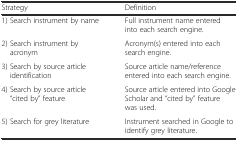
<table><thead><tr><td><b>Strategy</b></td><td><b>Definition</b></td></tr></thead><tbody><tr><td>1) Search instrument by name</td><td>Full instrument name entered into each search engine.</td></tr><tr><td>2) Search instrument by acronym</td><td>Acronym(s) entered into each search engine.</td></tr><tr><td>3) Search by source article identification</td><td>Source article name/reference entered into each search engine.</td></tr><tr><td>4) Search by source article “cited by” feature</td><td>Source article entered into Google Scholar and “cited by” feature was used.</td></tr><tr><td>5) Search for grey literature</td><td>Instrument searched in Google to identify grey literature.</td></tr></tbody></table>